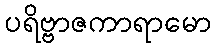
ပရိဗ္ဗာဇကာရာမော